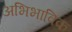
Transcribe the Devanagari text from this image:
अभिभाविक